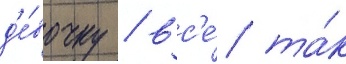
д'е́вочку / вс'е́ та́к